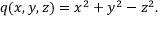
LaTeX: q ( x , y , z ) = x ^ { 2 } + y ^ { 2 } - z ^ { 2 } .